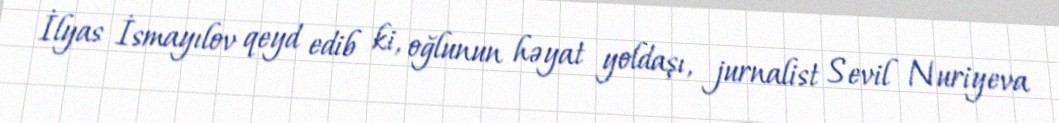
İlyas İsmayılov qeyd edib ki, oğlunun həyat yoldaşı, jurnalist Sevil Nuriyeva